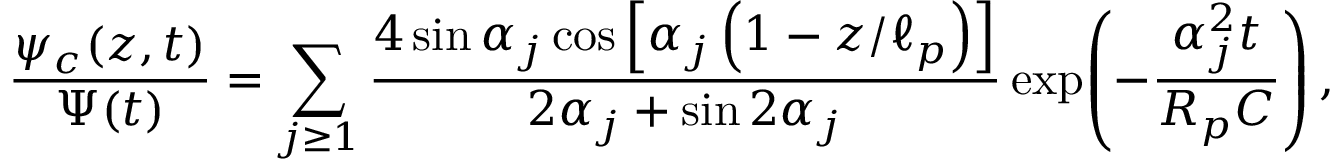
\frac { \psi _ { c } ( z , t ) } { \Psi ( t ) } = \sum _ { j \ge 1 } \frac { 4 \sin \alpha _ { j } \cos \left[ \alpha _ { j } \left( 1 - z / \ell _ { p } \right) \right] } { 2 \alpha _ { j } + \sin 2 \alpha _ { j } } \exp { \! \left( - \frac { \alpha _ { j } ^ { 2 } t } { R _ { p } C } \right) } \, ,